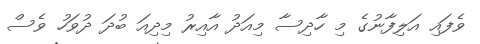
ވެފައި އަލިފާނުގެ މި ހާދިސާ މިއަދު އާއިރު މިދިއަ ބުދަ ދުވަހު ވެސް